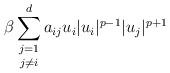
LaTeX: \begin{align*}\beta \mathop{\sum_{j=1}^d}_{j\neq i} a_{ij} u_i |u_i|^{p-1}|u_j|^{p+1}\end{align*}